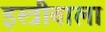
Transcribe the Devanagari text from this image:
इस्त्रीवाला